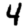
Digit: 4